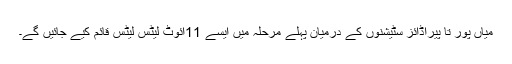
میاں پور تا پیراڈائز سٹیشنوں کے درمیان پہلے مرحلہ میں ایسے 11آئوٹ لیٹس لیٹس قائم کیے جائیں گے۔